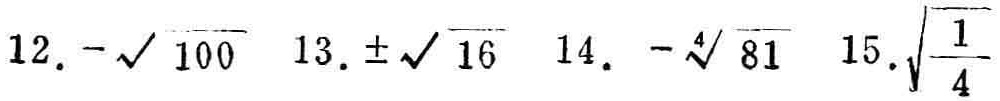
12. \(-\sqrt{100}\) 13. \(\pm\sqrt{16}\) 14. \(-\sqrt[4]{81}\) 15. \(\sqrt{\frac{1}{4}}\)